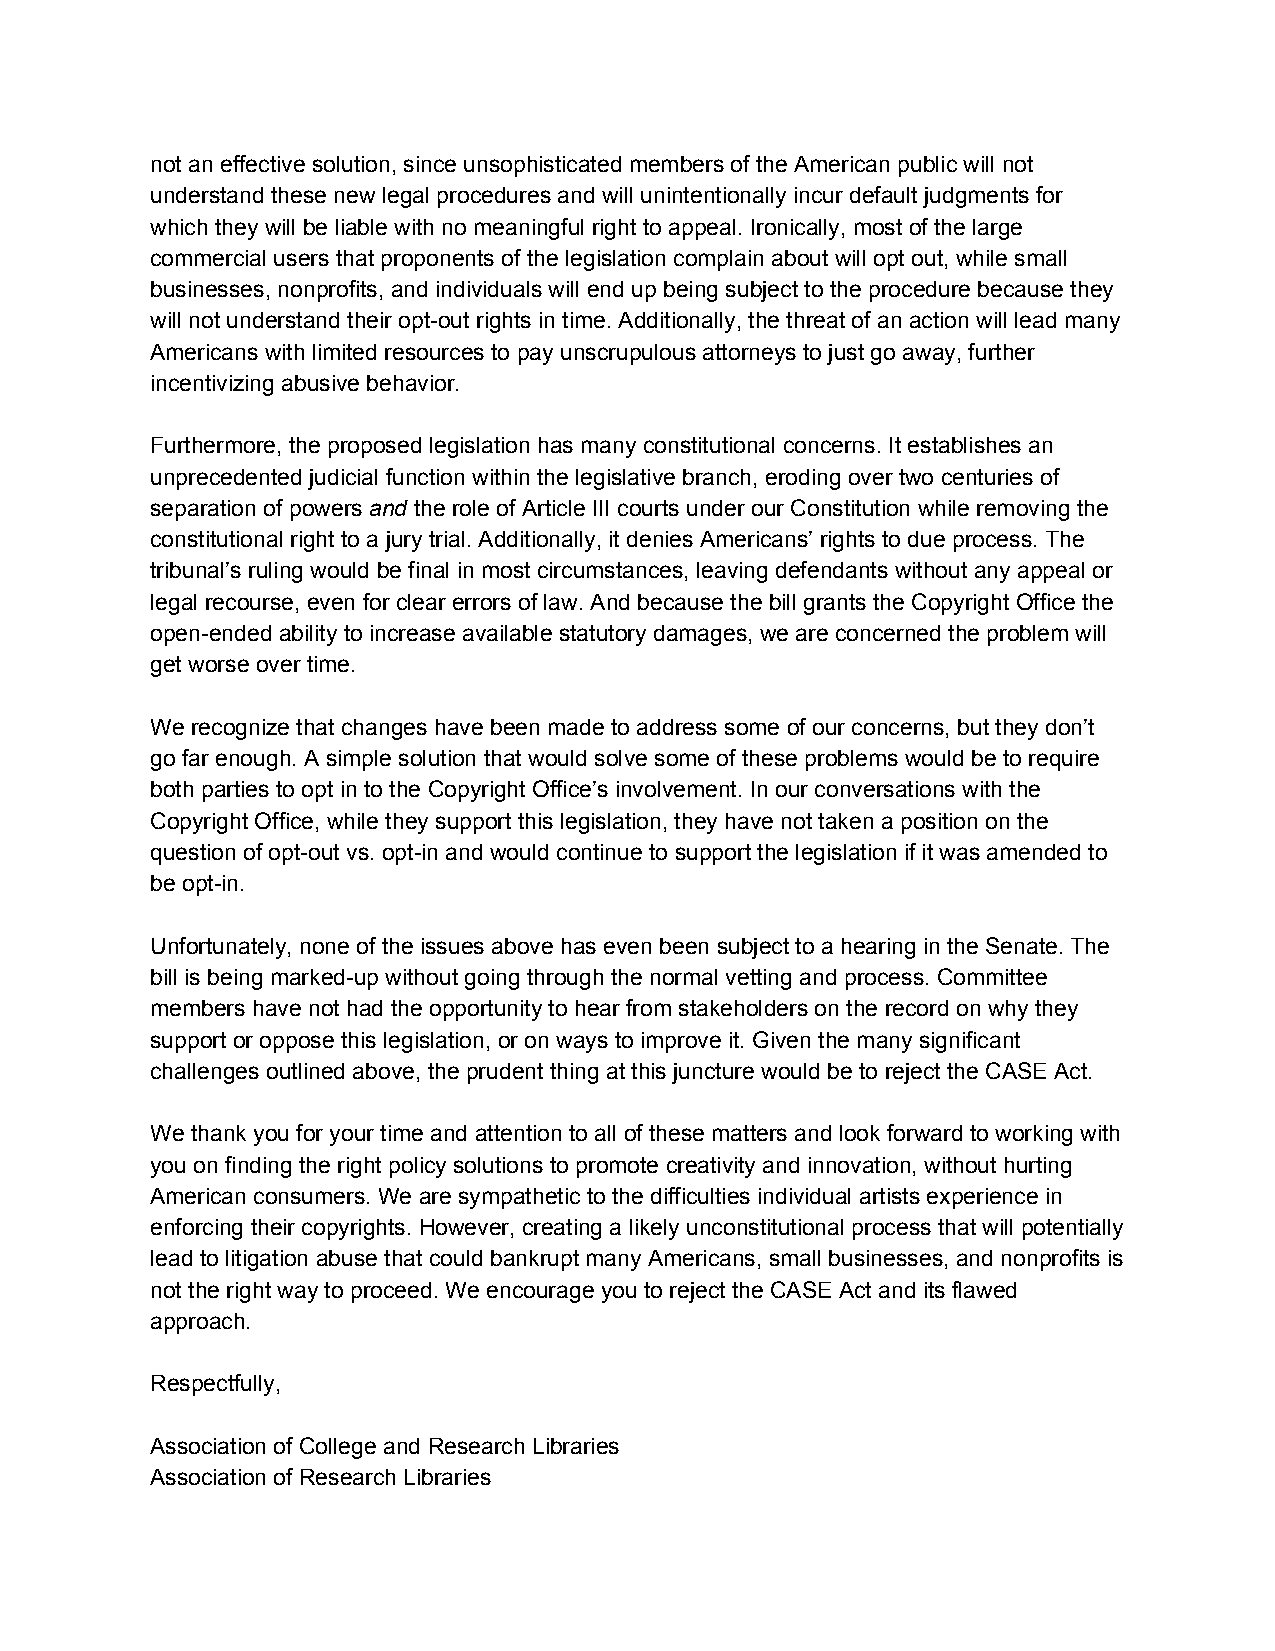
not an effective solution, since unsophisticated members of the American public will not
 understand these new legal procedures and will unintentionally incur default judgments for
 which they will be liable with no meaningful right to appeal. Ironically, most of the large
 commercial users that proponents of the legislation complain about will opt out, while small
 businesses, nonprofits, and individuals will end up being subject to the procedure because they
 will not understand their opt-out rights in time. Additionally, the threat of an action will lead many
 Americans with limited resources to pay unscrupulous attorneys to just go away, further
 incentivizing abusive behavior.
 Furthermore, the proposed legislation has many constitutional concerns. It establishes an
 unprecedented judicial function within the legislative branch, eroding over two centuries of
 separation of powers and the role of Article III courts under our Constitution while removing the
 ​  ​
 constitutional right to a jury trial. Additionally, it denies Americans’ rights to due process. The
 tribunal’s ruling would be final in most circumstances, leaving defendants without any appeal or
 legal recourse, even for clear errors of law. And because the bill grants the Copyright Office the
 open-ended ability to increase available statutory damages, we are concerned the problem will
 get worse over time.
 We recognize that changes have been made to address some of our concerns, but they don’t
 go far enough. A simple solution that would solve some of these problems would be to require
 both parties to opt in to the Copyright Office’s involvement. In our conversations with the
 Copyright Office, while they support this legislation, they have not taken a position on the
 question of opt-out vs. opt-in and would continue to support the legislation if it was amended to
 be opt-in.
 Unfortunately, none of the issues above has even been subject to a hearing in the Senate. The
 bill is being marked-up without going through the normal vetting and process. Committee
 members have not had the opportunity to hear from stakeholders on the record on why they
 support or oppose this legislation, or on ways to improve it. Given the many significant
 challenges outlined above, the prudent thing at this juncture would be to reject the CASE Act.
 We thank you for your time and attention to all of these matters and look forward to working with
 you on finding the right policy solutions to promote creativity and innovation, without hurting
 American consumers. We are sympathetic to the difficulties individual artists experience in
 enforcing their copyrights. However, creating a likely unconstitutional process that will potentially
 lead to litigation abuse that could bankrupt many Americans, small businesses, and nonprofits is
 not the right way to proceed. We encourage you to reject the CASE Act and its flawed
 approach.
 Respectfully,
 Association of College and Research Libraries
 Association of Research Libraries